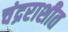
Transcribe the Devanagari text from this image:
चंद्रराशीत